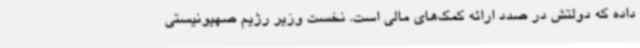
داده که دولتش در صدد ارائه کمک‌های مالی است. نخست وزیر رژیم صهیونیستی